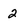
Character: 2